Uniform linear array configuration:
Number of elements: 32
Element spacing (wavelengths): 0.75
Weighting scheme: hann
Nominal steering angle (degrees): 15
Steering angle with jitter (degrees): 16.525
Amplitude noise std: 0.05
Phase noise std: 0.05

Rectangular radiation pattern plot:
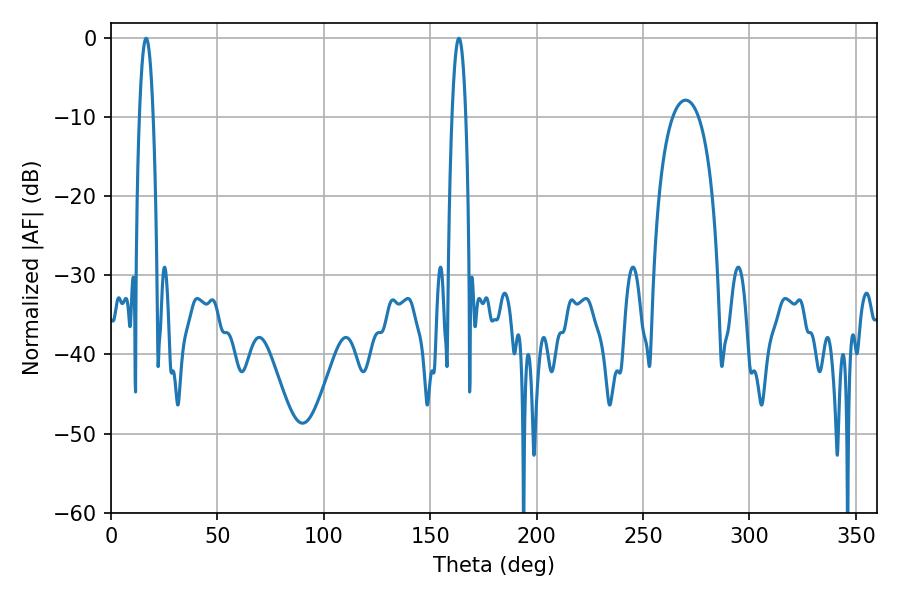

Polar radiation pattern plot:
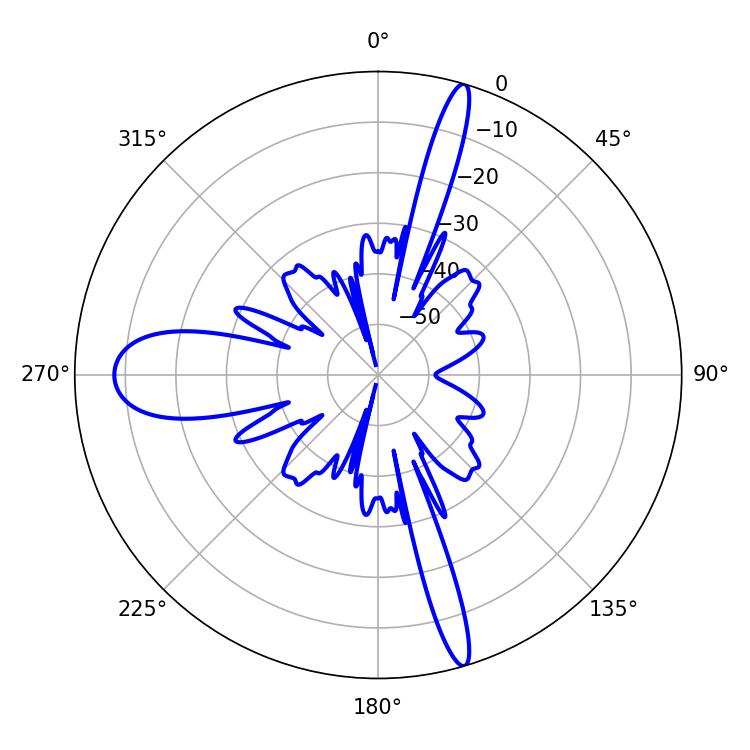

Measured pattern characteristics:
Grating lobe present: TRUE
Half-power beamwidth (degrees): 3.6
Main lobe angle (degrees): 16.56